Report on vaccination in the Province of Bengal - 1869-1873
Year: 1869
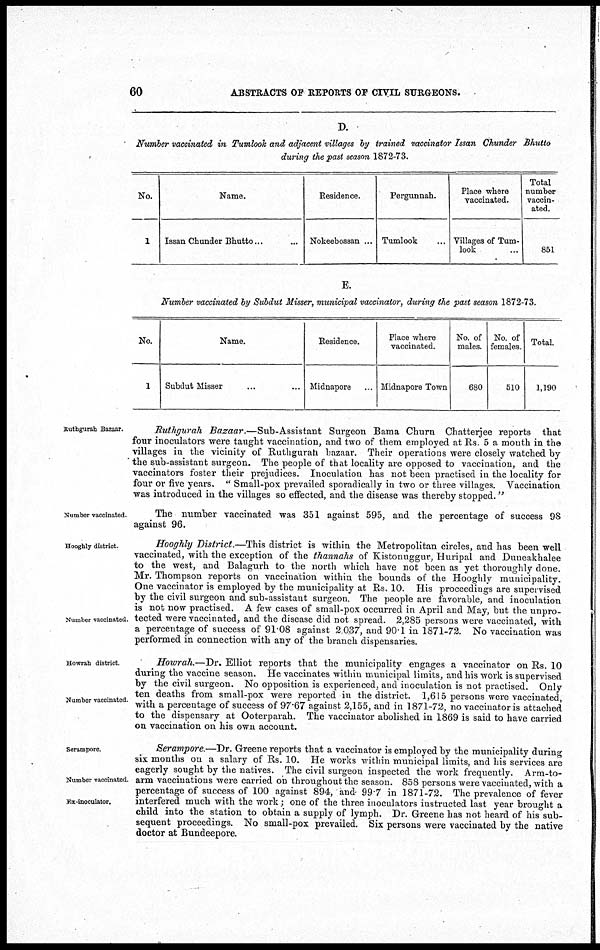
60
ABSTRACTS OF REPORTS OF CIVIL SURGEONS.
D.
Number vaccinated in Tumlook and adjacent villages by trained vaccinator Issan Chunder Bhutto
during the past season 1872-73.
No.
1
Name.
Issan Chunder Bhutto... ...
Residence.
Nokeebossan ...
Pergunnah.
Tumlook ...
Place where
vaccinated.
Villages of Tum¬
look ...
Total
number
vaccin-
ated.
851
E.
Number vaccinated by Subdut Misser, municipal vaccinator, during the past season 1872-73.
No.
1
Name.
Subdut Misser ... ...
Residence.
Midnapore ...
Place where
vaccinated.
Midnapore Town
No. of
males.
680
No. of
females.
510
Total.
1,190
Ruthgurah Bazaar.
Ruthgurah Bazaar.—Sub-Assistant
Surgeon Bama Churn Chatterjee reports that
four inoculators were taught vaccination, and two of them employed at Rs. 5 a month in the
villages in the vicinity of Ruthgurah bazaar. Their operations were closely watched by
the sub-assistant surgeon. The people of that locality are opposed to vaccination, and the
vaccinators foster their prejudices. Inoculation has not been practised in the locality for
four or five years. " Small-pox prevailed sporadically in two or three villages. Vaccination
was introduced in the villages so effected, and the disease was thereby stopped."
Number vaccinated.
The number vaccinated was 351 against 595, and the percentage of success 98
against 96.
Hooghly district.
Number vaccinated.
Hooghly District.—This district is within the Metropolitan circles, and has been well
vaccinated, with the exception of the thannahs of Kistonuggur, Huripal and Duneakhalee
to the west, and Balagurh to the north which have not been as yet thoroughly done.
Mr. Thompson reports on vaccination within the bounds of the Hooghly municipality.
One vaccinator is employed by the municipality at Rs. 10. His proceedings are supervised
by the civil surgeon and sub-assistant surgeon. The people are favorable, and inoculation
is not now practised. A few cases of small-pox occurred in April and May, but the unpro-
tected were vaccinated, and the disease did not spread. 2,285 persons were vaccinated, with
a percentage of success of 91.08 against 2,037, and 90.1 in 1871-72. No vaccination was
performed in connection with any of the branch dispensaries.
Howrah district
Number vaccinated.
Howrah.—Dr. Elliot reports that the municipality engages a vaccinator on Rs. 10
during the vaccine season. He vaccinates within municipal limits, and his work is supervised
by the civil surgeon. No opposition is experienced, and inoculation is not practised. Only
ten deaths from small-pox were reported in the district. 1,615 persons were vaccinated,
with a percentage of success of 97.67 against 2,155, and in 1871-72, no vaccinator is attached
to the dispensary at Ooterparah. The vaccinator abolished in 1869 is said to have carried
on vaccination on his own account.
Serampore.
Number vaccinated
Ex-inoculator.
Serampore.—Dr. Greene reports that a vaccinator is employed by the municipality during
six months on a salary of Rs. 10. He works within municipal limits, and his services are
eagerly sought by the natives. The civil surgeon inspected the work frequently. Arm-to-
arm vaccinations were carried on throughout the season. 858 persons were vaccinated, with a
percentage of success of 100 against 894, and- 99.7 in 1871-72. The prevalence of fever
interfered much with the work; one of the three inoculators instructed last year brought a
child into the station to obtain a supply of lymph. Dr. Greene has not heard of his sub-
sequent proceedings. No small-pox prevailed. Six persons were vaccinated by the native
doctor at Bundeepore.